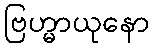
ဗြဟ္မာယုနော